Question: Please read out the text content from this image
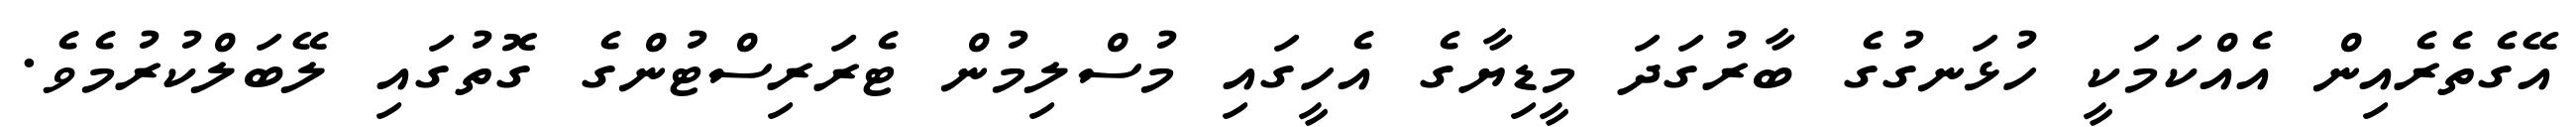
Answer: އޭގެތެރެއިން އެއްކަމަކީ ހުޅަނގުގެ ބާރުގަދަ މީޑިޔާގެ އެހީގައި މުސްލިމުން ޓެރަރިސްޓުންގެ ގޮތުގައި ލޭބަލްކުރުމެވެ.